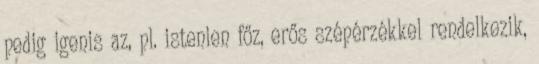
pedig igenis az, pl. istenien főz, erős szépérzékkel rendelkezik,